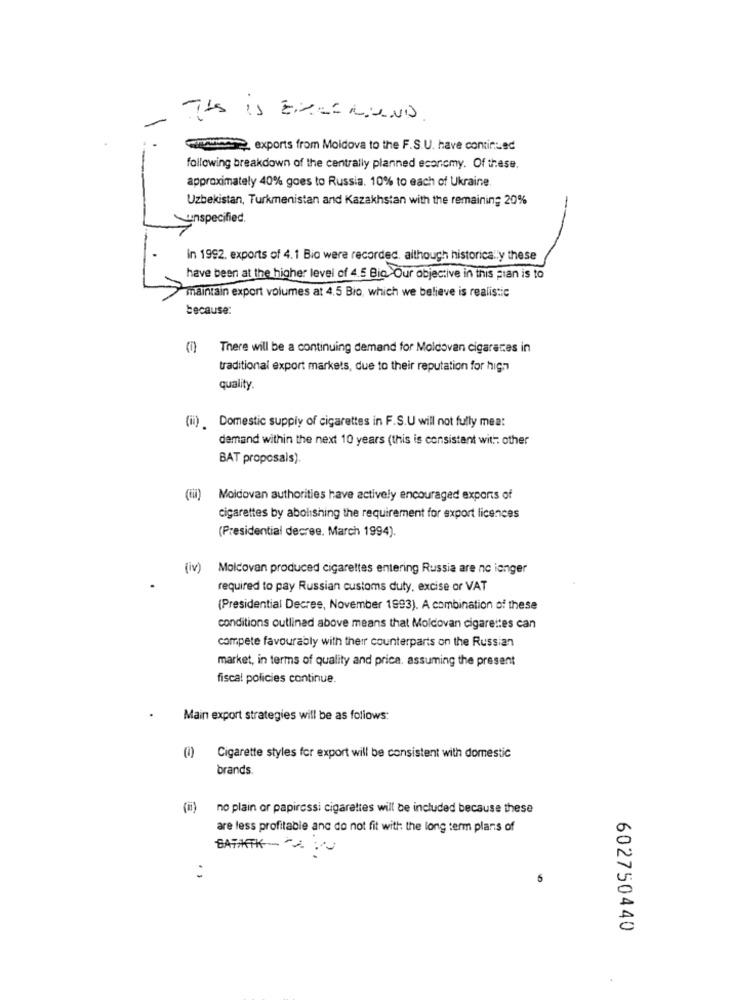
www. exports from Moldova to the F.S.U. have continued
following breakdown of the centrally planned economy. Of these.
approximately 40% goes to Russia. 10% to each of Ukraine.
Uzbekistan, Turkmenistan and Kazakhstan with the remaining 20%
unspecified.
in 1992. exports of 4.1 Bio were recorded, although historically these
have been at the higher level of 4.5 Bio Our objective in this pian is to
maintain export volumes at 4.5 Bio, which we believe is realistic
because:
There will be a continuing demand for Moldovan cigarates in
traditional export markets, due to their reputation for high
quality.
(ii) . Domestic supply of cigarettes in F.S.U will not fully mea:
demand within the next 10 years (this is consistent with: other
BAT proposals).
Moldovan authorities have actively encouraged exports of
cigarettes by abolishing the requirement for export licences
(Presidential decree, March 1994).
(iv)
Moldovan produced cigarettes entering Russia are no longer
required to pay Russian customs duty, excise or VAT
(Presidential Decree, November 1993). A combination of these
conditions outlined above means that Moldovan cigarettes can
compete favourably with their counterparts on the Russian
market, in terms of quality and price. assuming the present
fiscal policies continue.
Main export strategies will be as follows:
) Cigarette styles for export will be consistent with domestic
brands.
no plain or papiressi cigarettes will be included because these
are less profitable anc do not fit with the long term plans of
BATAFTK-
:
6
602750440